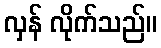
လှန် လိုက်သည်။